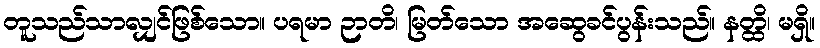
တူသည်သာလျှင်ဖြစ်သော။ ပရမာ ဉာတိ၊ မြတ်သော အဆွေခင်ပွန်းသည်။ နတ္ထိ၊ မရှိ။